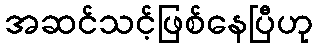
အဆင်သင့်ဖြစ်နေပြီဟု